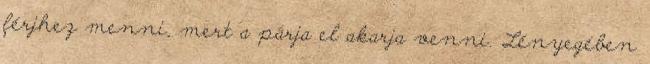
férjhez menni, mert a párja el akarja venni. Lényegében